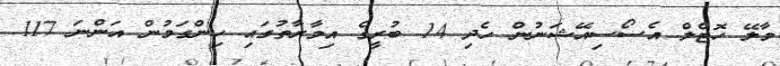
މާލޭ ހޮޓެލް އެސޯސިއޭޝަނުން ހެދި 14 ބުރީގެ އިމާރާތުގައި ހިންގަމުން އަންނަ 117